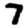
Digit: 7